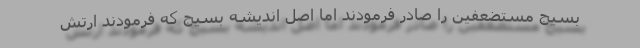
بسیج مستضعفین را صادر فرمودند اما اصل اندیشه بسیج که فرمودند ارتش